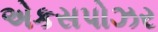
એકસપોઝર